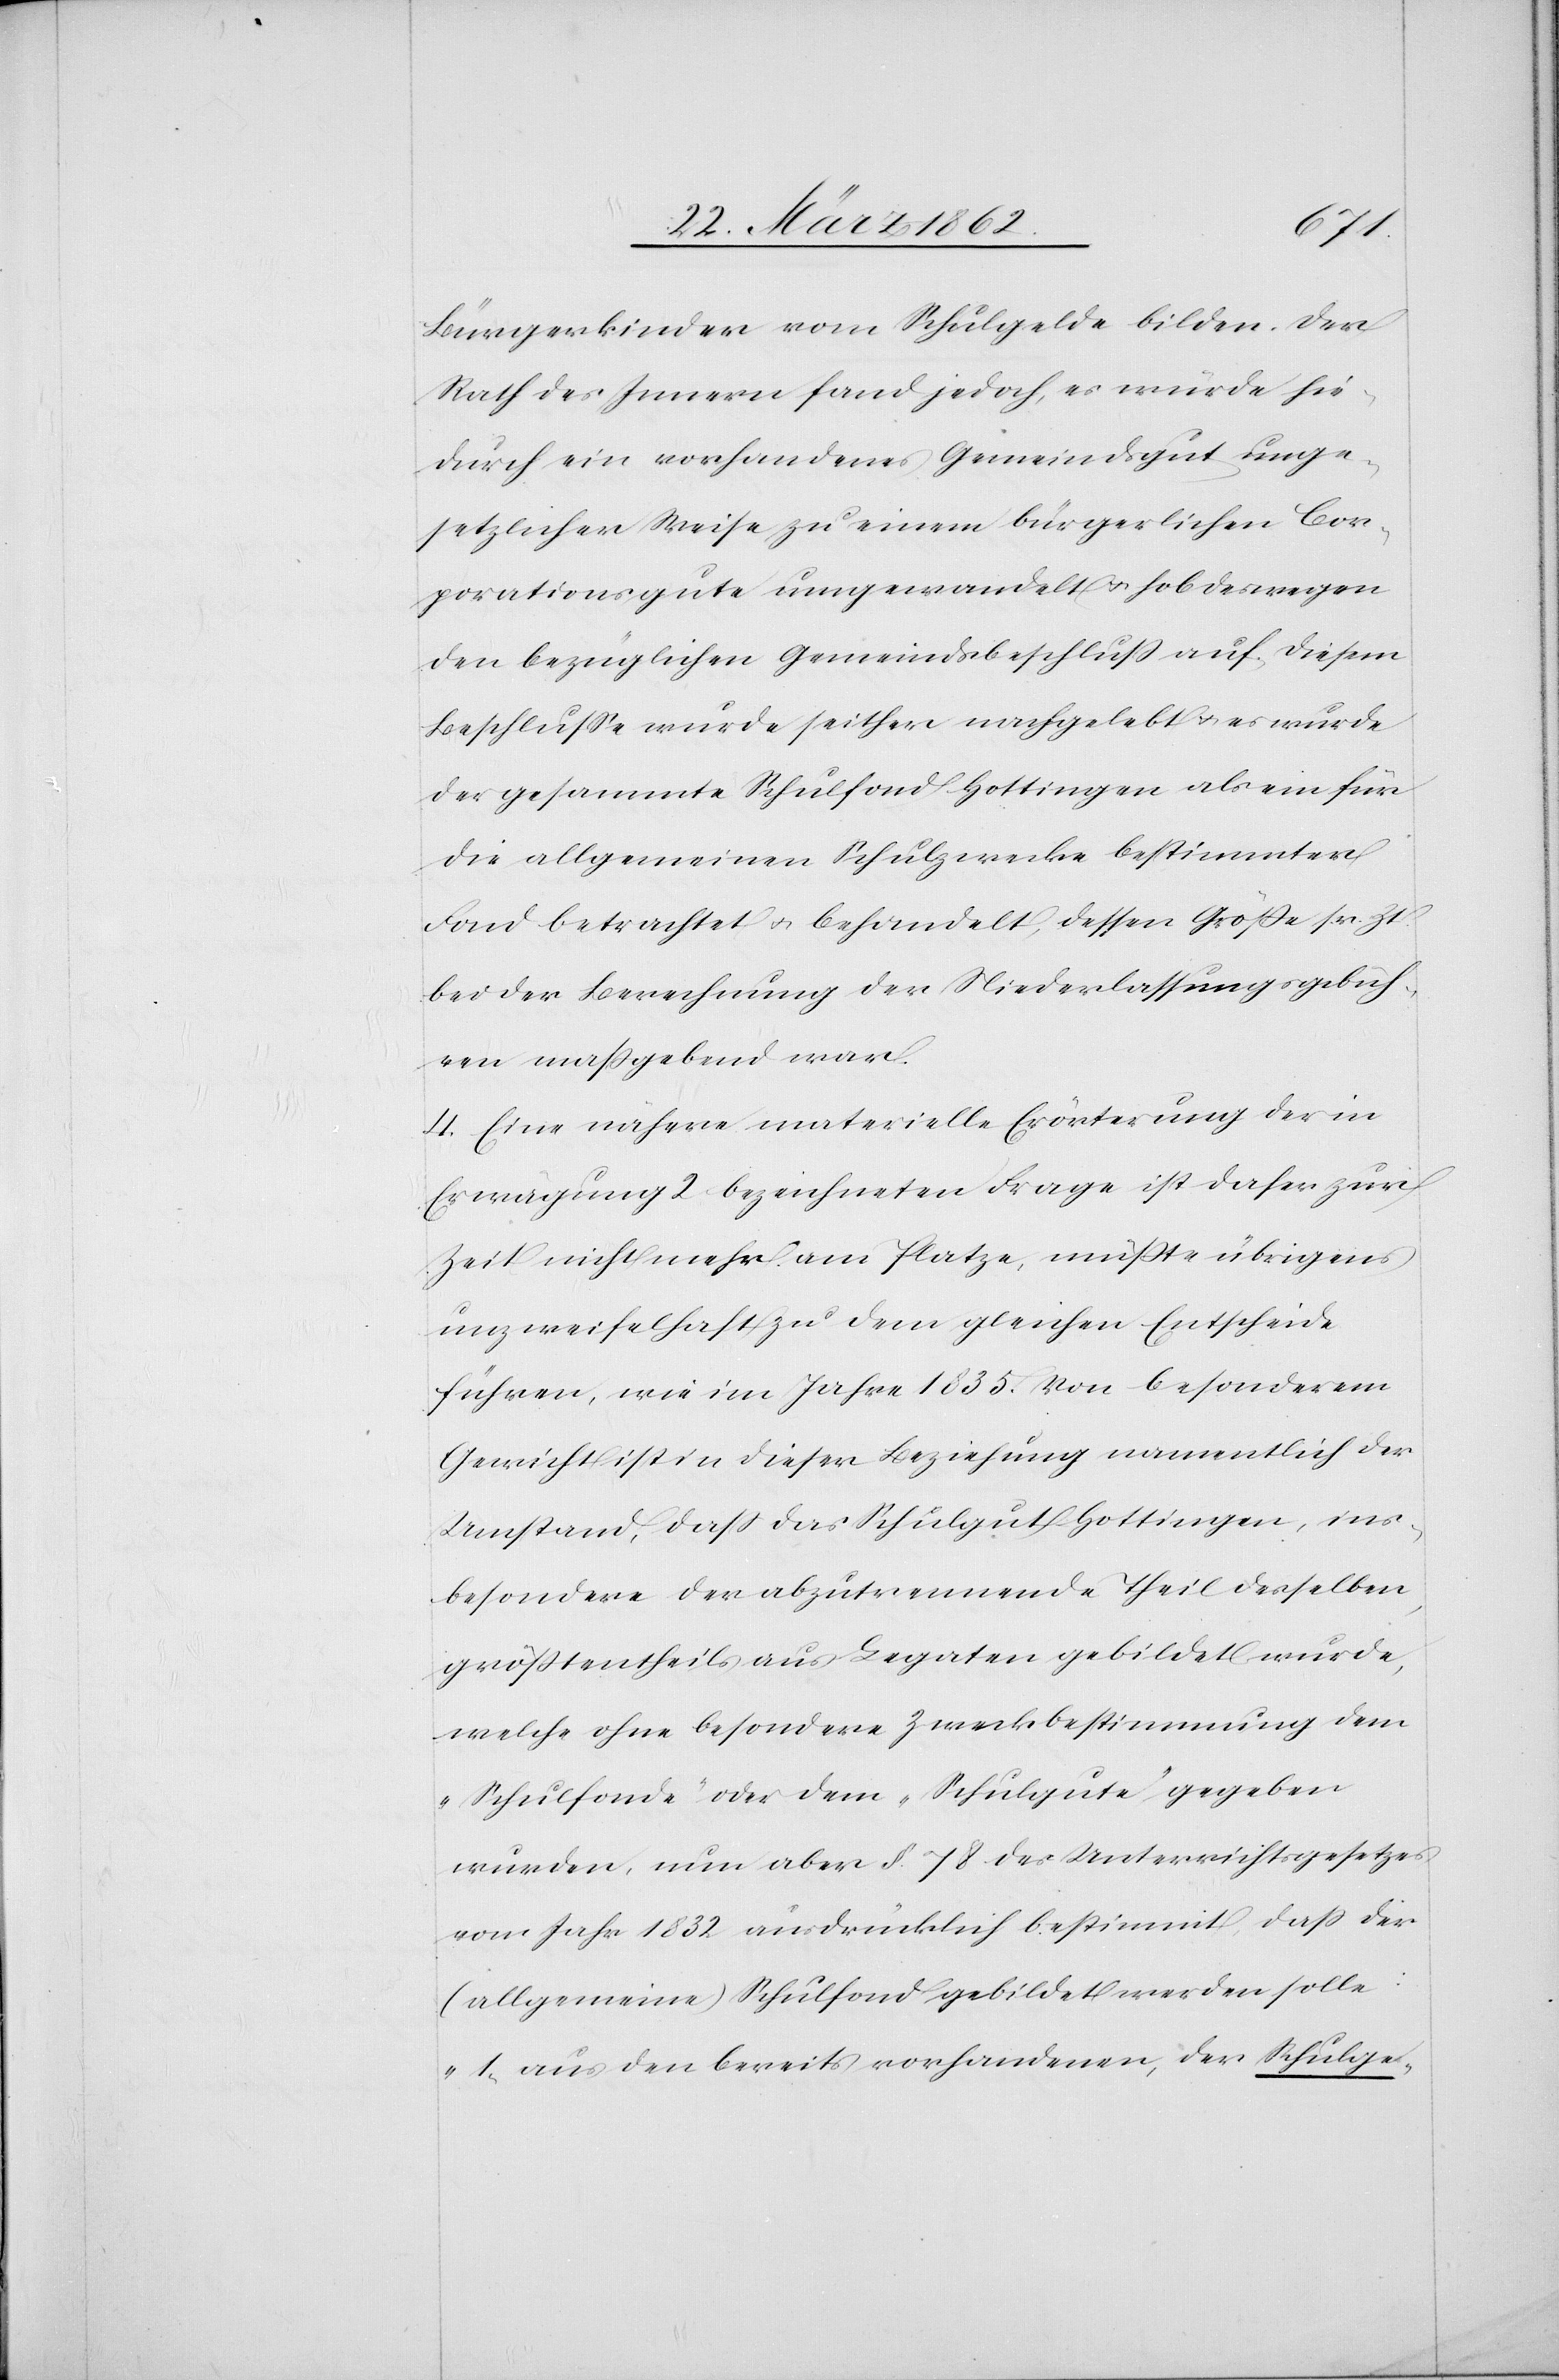
Bürgerkinder vom Schulgelde bilden. Der
Rath des Innern fand jedoch, es würde hie¬
durch ein vorhandenes Gemeindsgut unge¬
setzlicher Weise zu einem bürgerlichen Cor¬
porationsgute umgewandelt u. hob deswegen
den bezüglichen Gemeindsbeschluß auf. Diesem
Beschlusse wurde seither nachgelebt u. es wurde
der gesammte Schulfond Hottingen als ein für
die allgemeinen Schulzwecke bestimmter
Fond betrachtet u. behandelt, dessen Größe sr. Zt.
bei der Berechnung der Niederlassungsgebüh¬
ren maßgebend war.
4. Eine nähere materielle Erörterung der in
Erwägung 2 bezeichneten Frage ist daher zur
Zeit nicht mehr am Platze, müßte übrigens
unzweifelhaft zu dem gleichen Entscheide
führen, wie im Jahre 1835. Von besonderem
Gewicht ist in dieser Beziehung namentlich der
Umstand, daß das Schulgut Hottingen, ins¬
besondere der abzutrennende Theil desselben,
größtentheils aus Legaten gebildet wurde,
welche ohne besondere Zweckbestimmung dem
„Schulfonde“ oder dem „Schulgute“ gegeben
wurden, nun aber §. 78. des Unterrichtsgesetzes
vom Jahr 1832 ausdrücklich bestimmt, daß der
(allgemeine) Schulfond gebildet werden solle:
„1) aus den bereits vorhandenen, der Schulge-